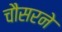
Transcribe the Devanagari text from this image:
चौसरने